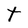
Character: t